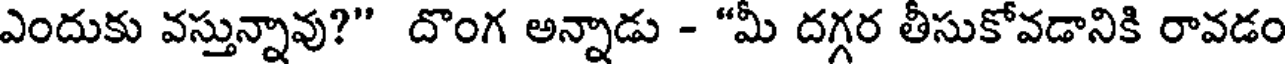
ఎందుకు వస్తున్నావు?" దొంగ అన్నాడు - "మీ దగ్గర తీసుకోవడానికి రావడం